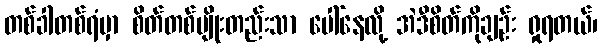
တစ်ခါတစ်ရံမှာ စိတ်တစ်မျိုးတည်းသာ ပေါ်နေလို့ အဲဒီစိတ်ကိုချဉ်း ရှုရတယ်၊